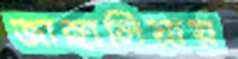
জাঙ্গালিয়ায়